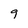
Character: 9